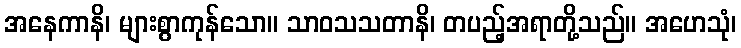
အနေကာနိ၊ များစွာကုန်သော။ သာဝသသတာနိ၊ တပည့်အရာတို့သည်။ အဟေသုံ၊